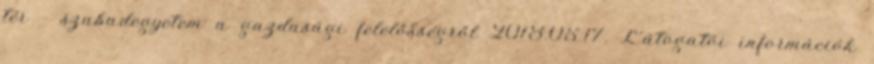
tér – szabadegyetem a gazdasági felelősségről 2018.05.17. Látogatói információk